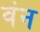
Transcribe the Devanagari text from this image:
वंन